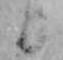
日